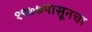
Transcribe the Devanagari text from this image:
१९७७पासूनचा